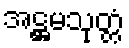
အဋ္ဌမသုတ္တံ